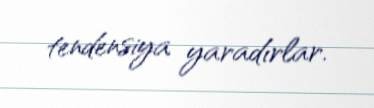
tendensiya yaradırlar.